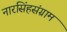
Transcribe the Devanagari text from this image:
नारसिंहसंग्राम